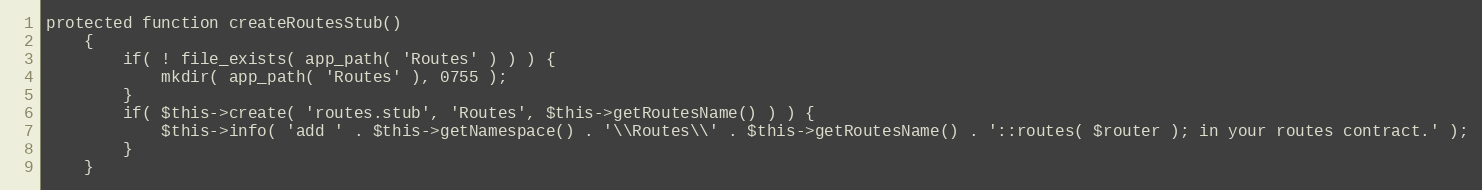
Language: PHP
protected function createRoutesStub()
    {
        if( ! file_exists( app_path( 'Routes' ) ) ) {
            mkdir( app_path( 'Routes' ), 0755 );
        }
        if( $this->create( 'routes.stub', 'Routes', $this->getRoutesName() ) ) {
            $this->info( 'add ' . $this->getNamespace() . '\\Routes\\' . $this->getRoutesName() . '::routes( $router ); in your routes contract.' );
        }
    }